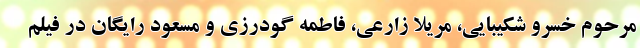
مرحوم خسرو شکیبایی، مریلا زارعی، فاطمه گودرزی و مسعود رایگان در فیلم